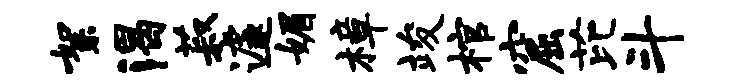
絮渴菽遽媚樟竣棺窟芘斗